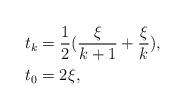
LaTeX: \begin{align*} t_{k} &= \frac{1}{2}(\frac{\xi}{k+1}+\frac{\xi}{k}), \\ t_0&= 2 \xi, \end{align*}